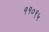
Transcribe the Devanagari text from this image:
११०९५